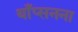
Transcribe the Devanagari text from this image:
थाँप्सनना